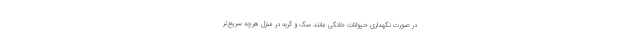
در صورت نگهداری حیوانات خانگی مانند سگ و گربه در منزل هرچه سریع‌تر